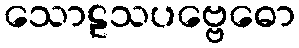
သောဠသပဗ္ဗေဓော